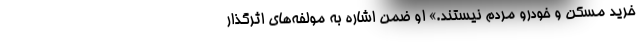
خرید مسکن و خودرو مردم نیستند.» او ضمن اشاره به مولفه‌های اثرگذار